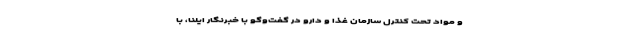
و مواد تحت کنترل سازمان غذا و دارو در گفت‌وگو با خبرنگار ایلنا، با